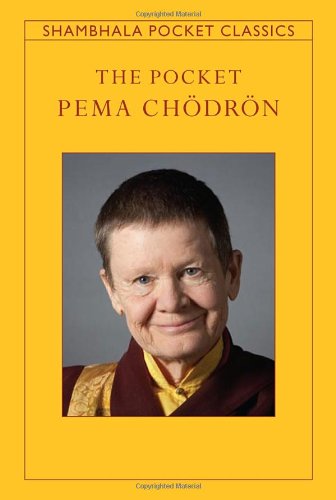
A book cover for The Pocket Pema Chodron (Shambhala Pocket Classics); Pema Chodron; Politics & Social Sciences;